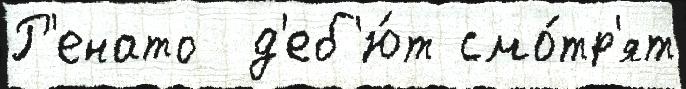
Р'енато  д'еб'ю́т смо́тр'ят